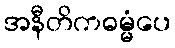
အနီတိကဓမ္မံပေ